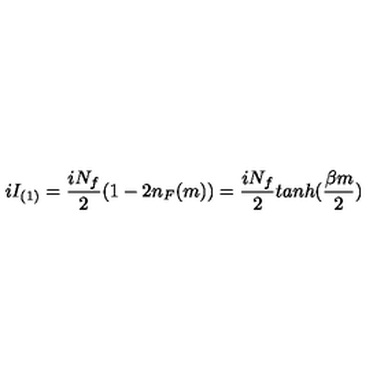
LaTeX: i I _ { ( 1 ) } = \frac { i N _ { f } } { 2 } ( 1 - 2 n _ { F } ( m ) ) = \frac { i N _ { f } } { 2 } t a n h ( \frac { \beta m } { 2 } )